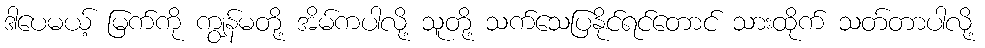
ဒါပေမယ့် မြက်ကို ကျွန်မတို့ အိမ်ကပါလို့ သူတို့ သက်သေပြနိုင်ရင်တောင် သားထိုက် သတ်တာပါလို့